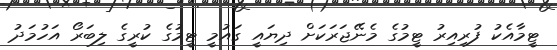
ޓީމާއެކު ފުރިއިރު ޓީމުގެ މެނޭޖަރަކަށް ދިޔައީ ގައުމީ ޓީމުގެ ކުރީގެ ލިބަރޯ އަހުމަދު